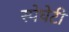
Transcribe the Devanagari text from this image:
स्पेघेटी